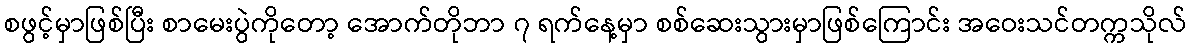
စဖွင့်မှာဖြစ်ပြီး စာမေးပွဲကိုတော့ အောက်တိုဘာ ၇ ရက်နေ့မှာ စစ်ဆေးသွားမှာဖြစ်ကြောင်း အဝေးသင်တက္ကသိုလ်